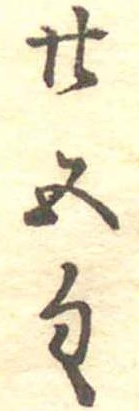
廿五匁